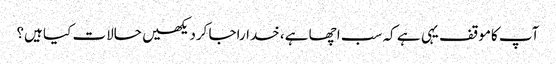
آپ کاموقف یہی ہے کہ سب اچھا ہے، خداراجا کردیکھیں حالات کیا ہیں؟